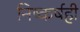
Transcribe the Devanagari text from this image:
निष्कर्षही